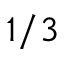
1 / 3